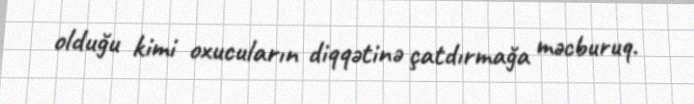
olduğu kimi oxucuların diqqətinə çatdırmağa məcburuq.